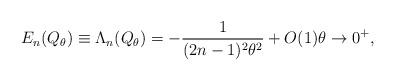
LaTeX: \begin{align*} E_n(Q_\theta)\equiv \Lambda_n(Q_\theta)=-\dfrac{1}{(2n-1)^2\theta^2}+O(1) \theta\to 0^+,\end{align*}